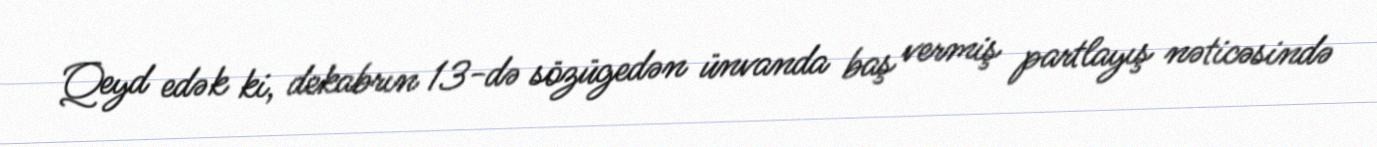
Qeyd edək ki, dekabrın 13-də sözügedən ünvanda baş vermiş partlayış nəticəsində